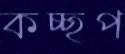
কচ্ছপ